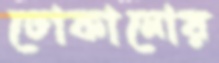
ঢোকানোয়